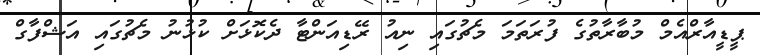
ޕީޑީއާރްއެމް މުބާރާތުގެ ފުރަތަމަ މެޗުގައި ނިއު ރޭޑިއަންޓާ ދެކޮޅަށް ކުޅުނު މެޗުގައި އަޝްފާގް